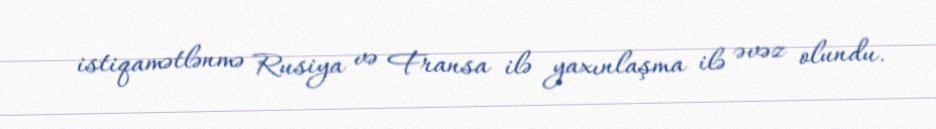
istiqamətlənmə Rusiya və Fransa ilə yaxınlaşma ilə əvəz olundu.